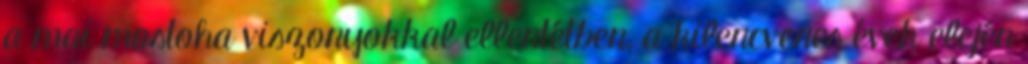
a mai mostoha viszonyokkal ellentétben, a kilencvenes évek elején